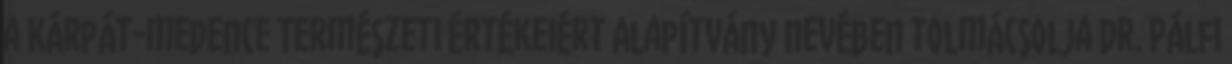
a Kárpát-medence Természeti Értékeiért Alapítvány nevében tolmácsolja Dr. Pálfi